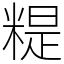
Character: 䊓